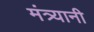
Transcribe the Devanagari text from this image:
मंत्र्यानी